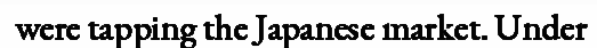
were tapping the Japanese market. Under